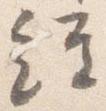
経